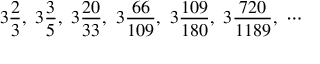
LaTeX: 3 { \frac { 2 } { 3 } } , \ 3 { \frac { 3 } { 5 } } , \ 3 { \frac { 2 0 } { 3 3 } } , \ 3 { \frac { 6 6 } { 1 0 9 } } , \ 3 { \frac { 1 0 9 } { 1 8 0 } } , \ 3 { \frac { 7 2 0 } { 1 1 8 9 } } , \ \cdots